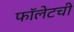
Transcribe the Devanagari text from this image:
फॉलेटची